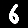
Digit: 6